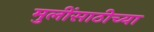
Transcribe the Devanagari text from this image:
मुलींसाठीच्या